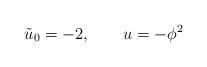
LaTeX: \begin{align*} \tilde{u}_0 = -2, \qquad u = -\phi^2\end{align*}